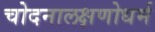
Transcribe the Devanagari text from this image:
चोदनालक्षणोधर्म